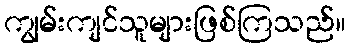
ကျွမ်းကျင်သူများဖြစ်ကြသည်။